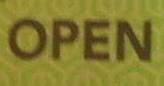
open